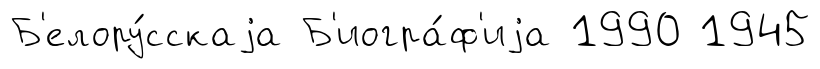
Б'елору́сскаjа Б'иогра́ф'иjа 1990 1945